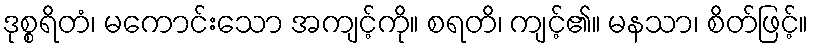
ဒုစ္စရိတံ၊ မကောင်းသော အကျင့်ကို။ စရတိ၊ ကျင့်၏။ မနသာ၊ စိတ်ဖြင့်။